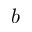
b